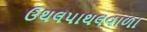
ઉથલપાથલવાળા